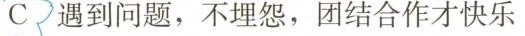
C遇到问题，不埋怨，团结合作才快乐